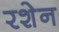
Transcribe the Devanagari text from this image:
रशेन